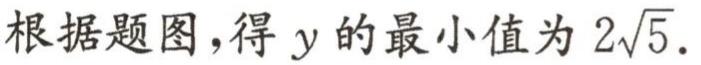
根据题图，得 \(y\) 的最小值为 \(2\sqrt{5}\).